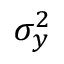
\sigma _ { y } ^ { 2 }